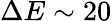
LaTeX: \Delta E\sim 20